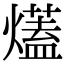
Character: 𤐩